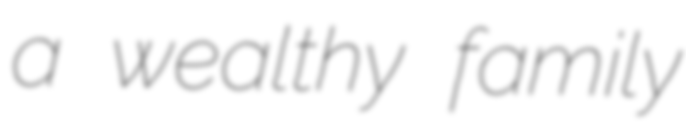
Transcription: a wealthy family